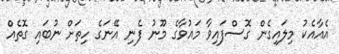
އެއާއެކު މިލައިގެން ގޮސްފައިވާ މައުވާގެ މޫނު ފެނި އޭނަގެ ހިތަށް ނުބައި ގޮތެއް